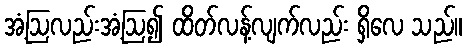
အံ့ဩလည်းအံ့ဩ၍ ထိတ်လန့်လျက်လည်း ရှိလေ သည်။